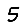
Digit: 5